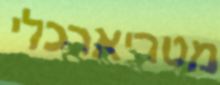
מטריארכלי